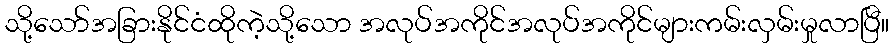
သို့သော်အခြားနိုင်ငံထိုကဲ့သို့သော အလုပ်အကိုင်အလုပ်အကိုင်များကမ်းလှမ်းမှုလာပြီ။